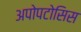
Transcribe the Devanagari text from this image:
अपोपटोसिस